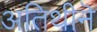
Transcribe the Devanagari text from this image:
अतिथीनॆ